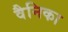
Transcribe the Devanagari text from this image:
वैनिका